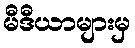
မီဒီယာများမှ